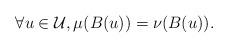
LaTeX: \begin{align*} \forall u \in \mathcal{U}, \mu(B(u)) = \nu(B(u)).\end{align*}